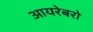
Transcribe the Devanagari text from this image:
आयरेबरो